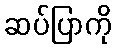
ဆပ်ပြာကို